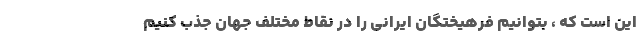
این است که ، بتوانیم فرهیختگان ایرانی را در نقاط مختلف جهان جذب کنیم